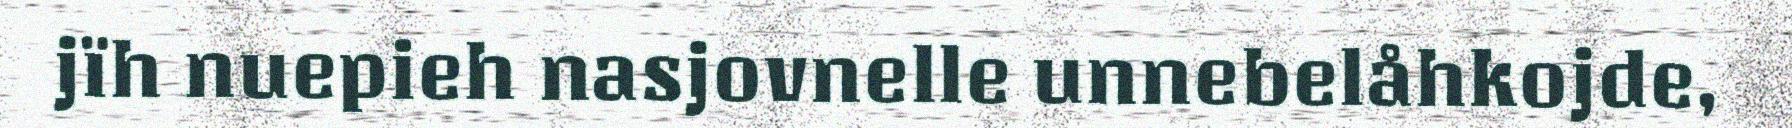
jïh nuepieh nasjovnelle unnebelåhkojde,